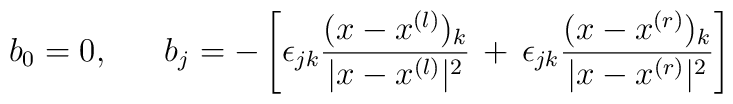
b_0=0,\ \ \ \ \ b_j = - \left[\epsilon_{jk}\frac{(x - x^{(l)})_k}{|x - x^{(l)}|^2}\,+\, \epsilon_{jk}\frac{(x - x^{(r)})_k}{|x - x^{(r)}|^2} \right]